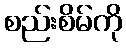
စည်းစိမ်ကို